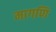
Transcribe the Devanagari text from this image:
मागणि